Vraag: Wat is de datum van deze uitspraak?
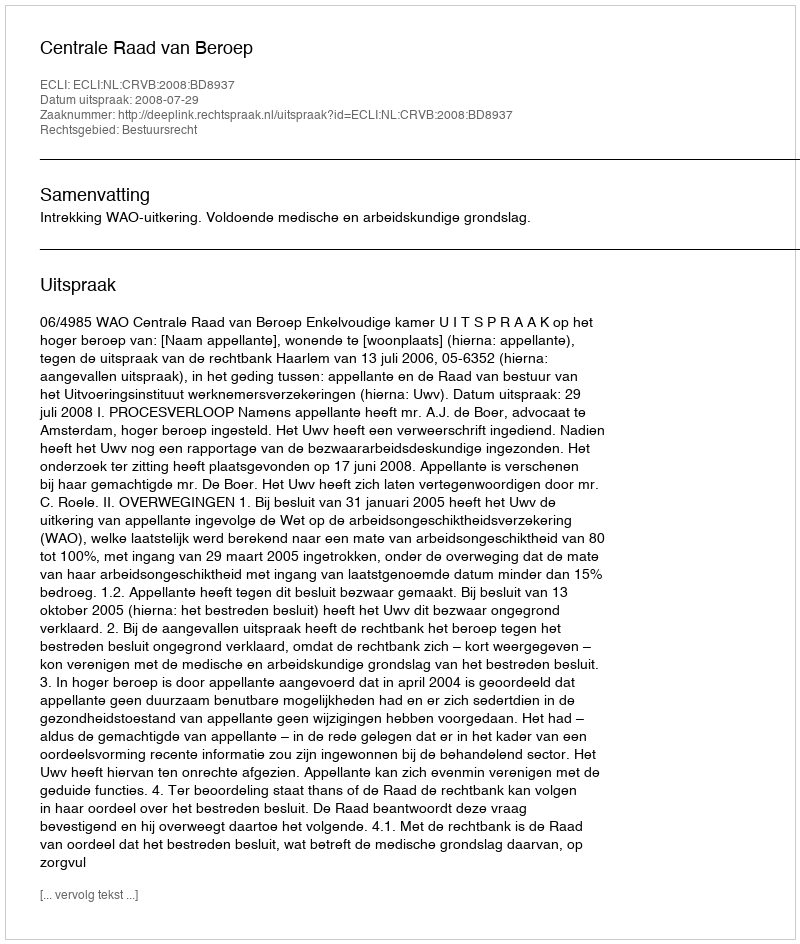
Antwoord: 2008-07-29